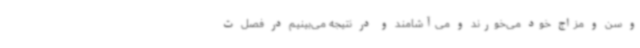
و سن و مزاج خود می‌خورند و می‌آشامند و در نتیجه می‌بینیم در فصل ت